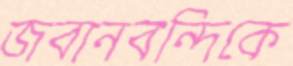
জবানবন্দিকে